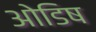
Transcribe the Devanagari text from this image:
ओडिष